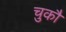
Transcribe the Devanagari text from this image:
चुकौ